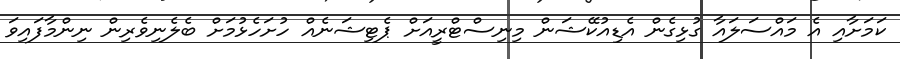
ކަމަށާއި އެ މައްސަލައާ ގުޅިގެން އެޑިއުކޭޝަން މިނިސްޓްރީއަށް ޕެޓިޝަނެއް ހުށަހެޅުމަށް ބެލެނިވެރިން ނިންމާފައިވަ